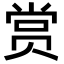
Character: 赏